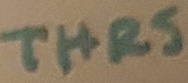
Text: THRS